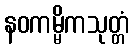
နဝကမ္မိကသုတ္တံ